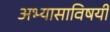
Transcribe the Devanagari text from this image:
अभ्यासाविषयी